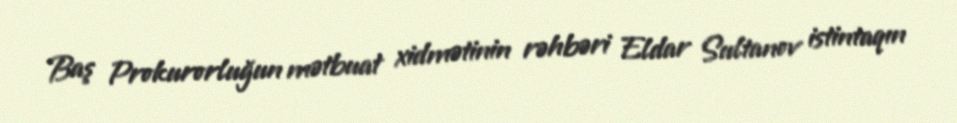
Baş Prokurorluğun mətbuat xidmətinin rəhbəri Eldar Sultanov istintaqın